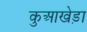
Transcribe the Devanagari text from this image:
कुआखेड़ा